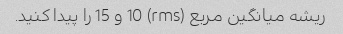
ریشه میانگین مربع (rms) 10 و 15 را پیدا کنید.